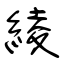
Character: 綾